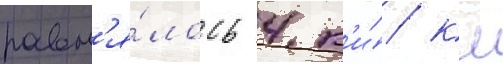
равн'я́лось 4 к'и́/ км